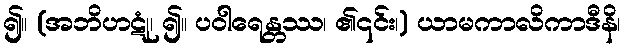
၍။ (အဘိဟဋုံ၊ ၍။ ပဝါရေန္တဿ၊ ၏၎င်း၊) ယာမကာလိကာဒီနိ၊